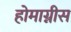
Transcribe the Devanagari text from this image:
होमाग्नीस